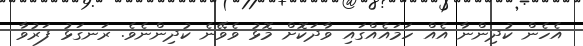
އެހެން ކުދިންނާ އެއް ހަމައެއްގައި ވާދަކޮށް މޮޅު ވެވޭނެ ކުދިންނެވެ. ރަނގަޅު ފަރުވާ